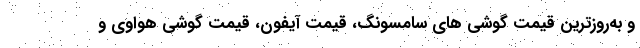
و به‌روزترین قیمت گوشی ‌های سامسونگ، قیمت آیفون، قیمت گوشی هواوی و